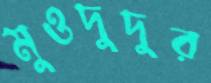
মুওদুদুর